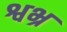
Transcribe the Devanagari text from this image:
श्वभ्र